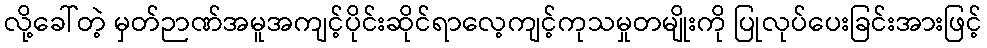
လို့ခေါ်တဲ့ မှတ်ဉာဏ်အမူအကျင့်ပိုင်းဆိုင်ရာလေ့ကျင့်ကုသမှုတမျိုးကို ပြုလုပ်ပေးခြင်းအားဖြင့်